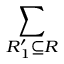
\sum _ { R _ { 1 } ^ { \prime } \subseteq R }